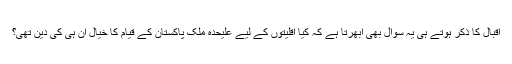
اقبال کا ذکر ہوتے ہی یہ سوال بھی ابھرتا ہے کہ کیا اقلیتوں کے لیے علیحدہ ملک پاکستان کے قیام کا خیال ان ہی کی دین تھی؟